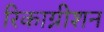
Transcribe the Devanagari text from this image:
रिकाग्नीशन